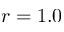
r = 1 . 0